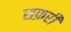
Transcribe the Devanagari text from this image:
सफ़री